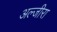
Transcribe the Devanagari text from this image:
अल्जीरा